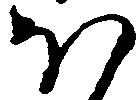
ほ